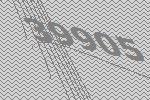
39905